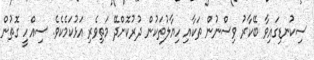
ސިކުނޑިގައިވާ ބޭކާރު ވިސްނުން ތަކާއި ހިޔާލުތަކުން ދުރުކޮށްދޭ މަތިވެރި އަޅުކަމެކެވެ. ސިއްހީ ގޮތުން